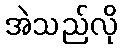
အဲသည်လို